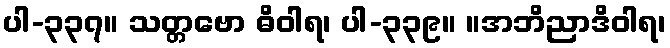
ပါ-၃၃၇။ သတ္တဗော ဓိဝါရ၊ ပါ-၃၃၉။ ။အဘိညာဒိဝါရ၊